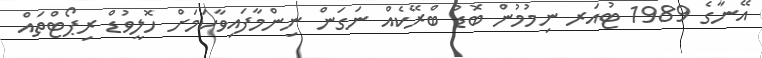
އޭނާގެ 1989 ޓުއަރ ނިމުމުން ބޮޑު ބްރޭކެއް ނަގަން ނިންމާފައިވާކަމަށް ހޮލީވުޑް ރިޕޯޓްތައް